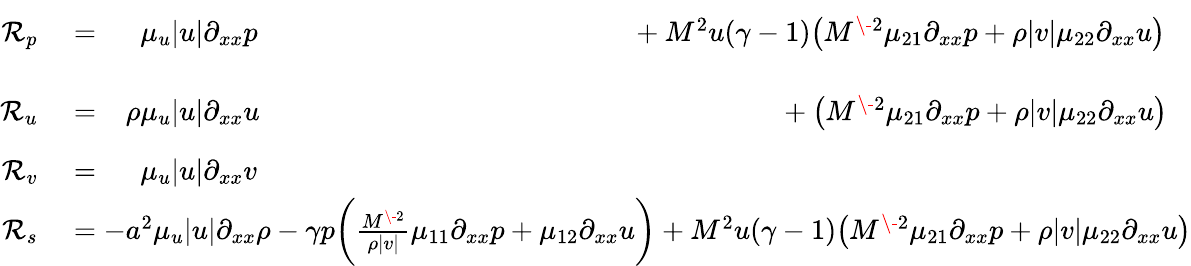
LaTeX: \begin{array}{rl}{\mathcal{R}_{p}}&{{}=\phantom{-\rho}\mu_{u}|u|\partial_{xx}p\phantom{-\gamma p\bigg(\frac{M^{\- 2}}{\rho|v|}\mu_{11}\partial_{xx}p+\mu_{12}\partial_{xx}u\bigg)}+M^{2}u(\gamma-1)\big(M^{\- 2}\mu_{21}\partial_{xx}p+\rho|v|\mu_{22}\partial_{xx}u\big)}\\ {\mathcal{R}_{u}}&{{}=\phantom{-}\rho\mu_{u}|u|\partial_{xx}u\phantom{-\gamma p\bigg(\frac{M^{\- 2}}{\rho|v|}\mu_{11}\partial_{xx}p+\mu_{12}\partial_{xx}u\bigg)}\phantom{M^{2}(\gamma-1)u}+\big(M^{\- 2}\mu_{21}\partial_{xx}p+\rho|v|\mu_{22}\partial_{xx}u\big)}\\ {\mathcal{R}_{v}}&{{}=\phantom{-\rho}\mu_{u}|u|\partial_{xx}v}\\ {\mathcal{R}_{s}}&{{}=-a^{2}\mu_{u}|u|\partial_{xx}\rho-\gamma p\bigg(\frac{M^{\- 2}}{\rho|v|}\mu_{11}\partial_{xx}p+\mu_{12}\partial_{xx}u\bigg)+M^{2}u(\gamma-1)\big(M^{\- 2}\mu_{21}\partial_{xx}p+\rho|v|\mu_{22}\partial_{xx}u\big)}\end{array}